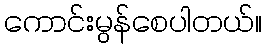
ကောင်းမွန်စေပါတယ်။